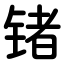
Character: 锗